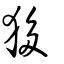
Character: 𤝻